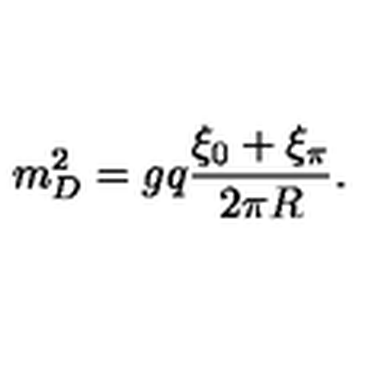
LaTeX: m _ { D } ^ { 2 } = g q { \frac { \xi _ { 0 } + \xi _ { \pi } } { 2 \pi R } } .